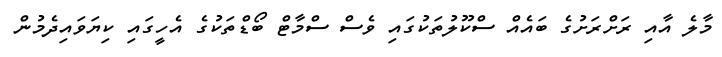
މާލެ އާއި ރަށްރަށުގެ ބައެއް ސްކޫލުތަކުގައި ވެސް ސްމާޓް ބޯޑްތަކުގެ އެހީގައި ކިޔަވައިދެމުން